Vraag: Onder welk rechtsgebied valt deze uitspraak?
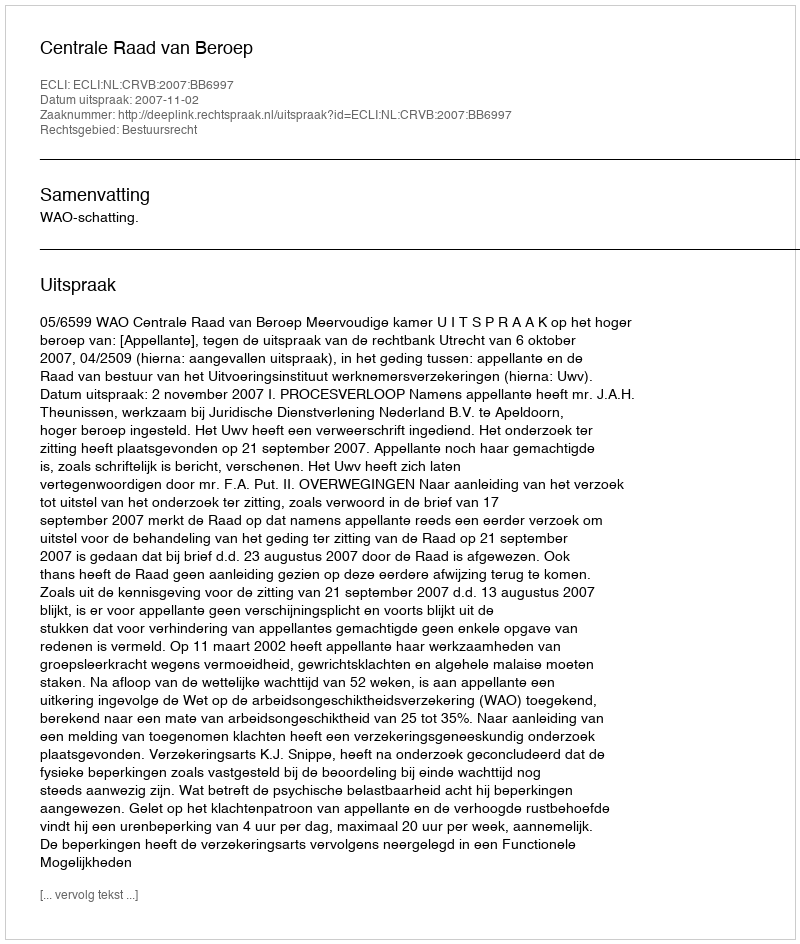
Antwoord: Bestuursrecht